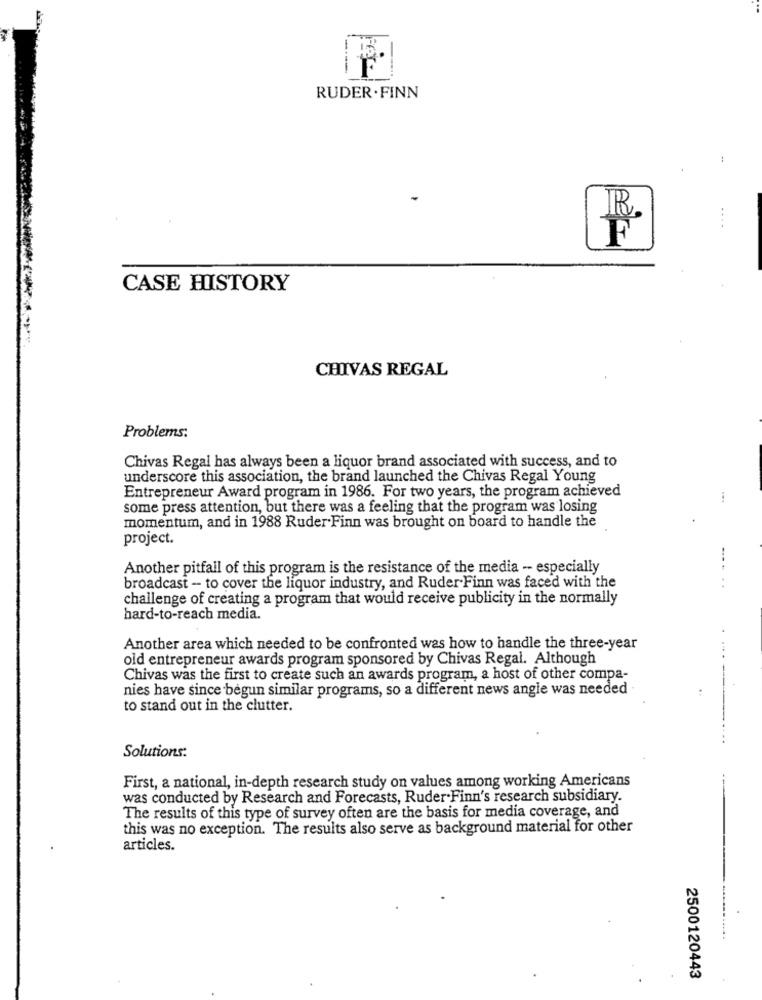
RUDER . FINN
R.
F
CASE HISTORY
CHIVAS REGAL
Problems:
Chivas Regal has always been a liquor brand associated with success, and to
underscore this association, the brand launched the Chivas Regal Young
Entrepreneur Award program in 1986. For two years, the program achieved
some press attention, but there was a feeling that the program was losing
momentum, and in 1988 Ruder Finn was brought on board to handle the
project.
Another pitfall of this program is the resistance of the media -- especially
broadcast - to cover the liquor industry, and Ruder Finn was faced with the
challenge of creating a program that would receive publicity in the normally
hard-to-reach media.
Another area which needed to be confronted was how to handle the three-year
old entrepreneur awards program sponsored by Chivas Regal. Although
----
Chivas was the first to create such an awards program, a host of other compa-
nies have since begun similar programs, so a different news angle was needed .
to stand out in the clutter.
Solutions:
First, a national, in-depth research study on values among working Americans
was conducted by Research and Forecasts, Ruder Finn's research subsidiary.
The results of this type of survey often are the basis for media coverage, and
this was no exception. The results also serve as background material for other
articles.
2500120443